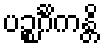
ပဉ္စင်္ဂိကန္တိ